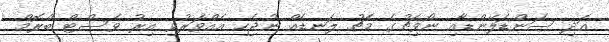
އަދި ސަންޑަލޭންޑާއި ނޯވިޗުގެ މެޗު ލަނޑެއް ނުޖެހި އެއްވަރުވި އިރު ވެސްޓް ބްރޮމް